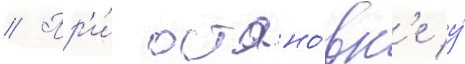
// Пр'и́ остано́вк'е у́